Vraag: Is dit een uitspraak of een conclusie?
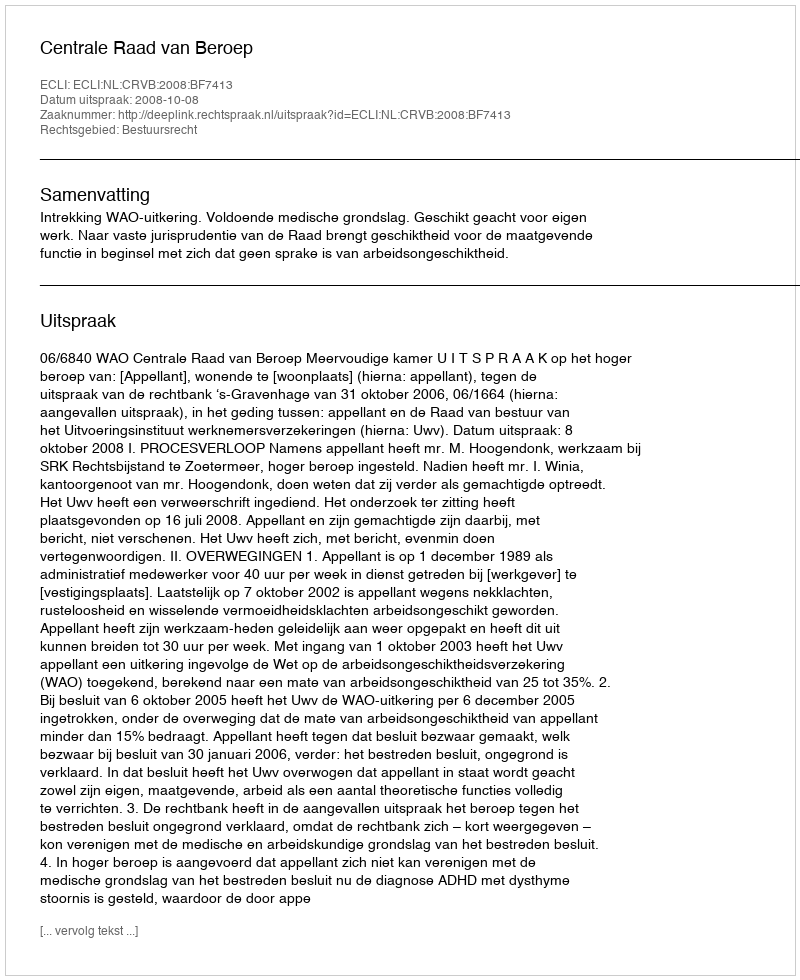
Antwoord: Uitspraak